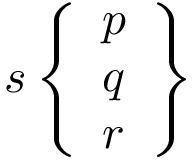
s \left\{ { \begin{array} { l } { p } \\ { q } \\ { r } \end{array} } \right\}